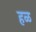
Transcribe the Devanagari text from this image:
हळ